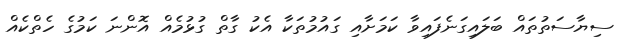
ސިޔާސަތުތައް ބަލައިގަނެފައިވާ ކަމަށާއި ގައުމުތަކާ އެކު ގާތް ގުޅުމެއް އޮންނަ ކަމުގެ ހެތްކެއް